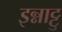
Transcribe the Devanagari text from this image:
इन्नाट्टु